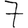
Digit: 7